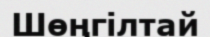
Шөңгілтай